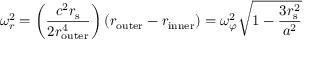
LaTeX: \omega _ { r } ^ { 2 } = \left( { \frac { c ^ { 2 } r _ { \mathrm { { s } } } } { 2 r _ { \mathrm { o u t e r } } ^ { 4 } } } \right) \left( r _ { \mathrm { o u t e r } } - r _ { \mathrm { i n n e r } } \right) = \omega _ { \varphi } ^ { 2 } { \sqrt { 1 - { \frac { 3 r _ { \mathrm { { s } } } ^ { 2 } } { a ^ { 2 } } } } }